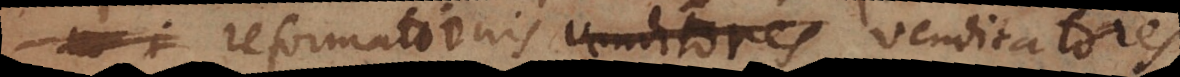
reformationis venditores venditatores